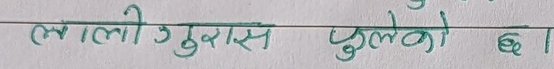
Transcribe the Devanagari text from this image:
लालो गुरास फुलेको छ।